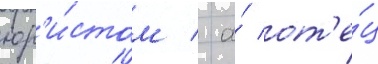
юр'и́стом / а́ от'е́ц